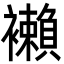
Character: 襰